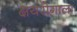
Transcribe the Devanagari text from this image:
क्षयरोगाला